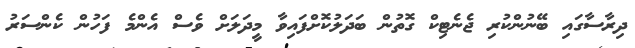
ދިރާސާގައި ބޭނުންކުރި ޖެނެޓިކް ގޮތުން ބަދަލުކޮށްފައިވާ މީދަލަށް ވެސް އެންމެ ފަހުން ކެންސަރު